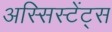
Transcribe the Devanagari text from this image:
अस्सिस्टेंट्स